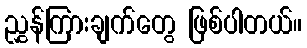
ညွှန်ကြားချက်တွေ ဖြစ်ပါတယ်။